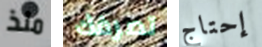
منذ تصرفك إحتاج